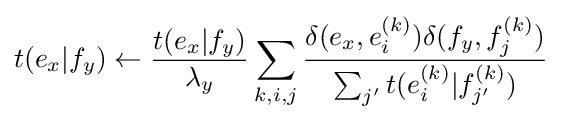
t(e_{x}|f_{y})\leftarrow {\frac {t(e_{x}|f_{y})}{\lambda _{y}}}\sum _{k,i,j}{\frac {\delta (e_{x},e_{i}^{(k)})\delta (f_{y},f_{j}^{(k)})}{\sum _{j'}t(e_{i}^{(k)}|f_{j'}^{(k)})}}